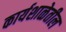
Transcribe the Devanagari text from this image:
कार्यशाळेतील